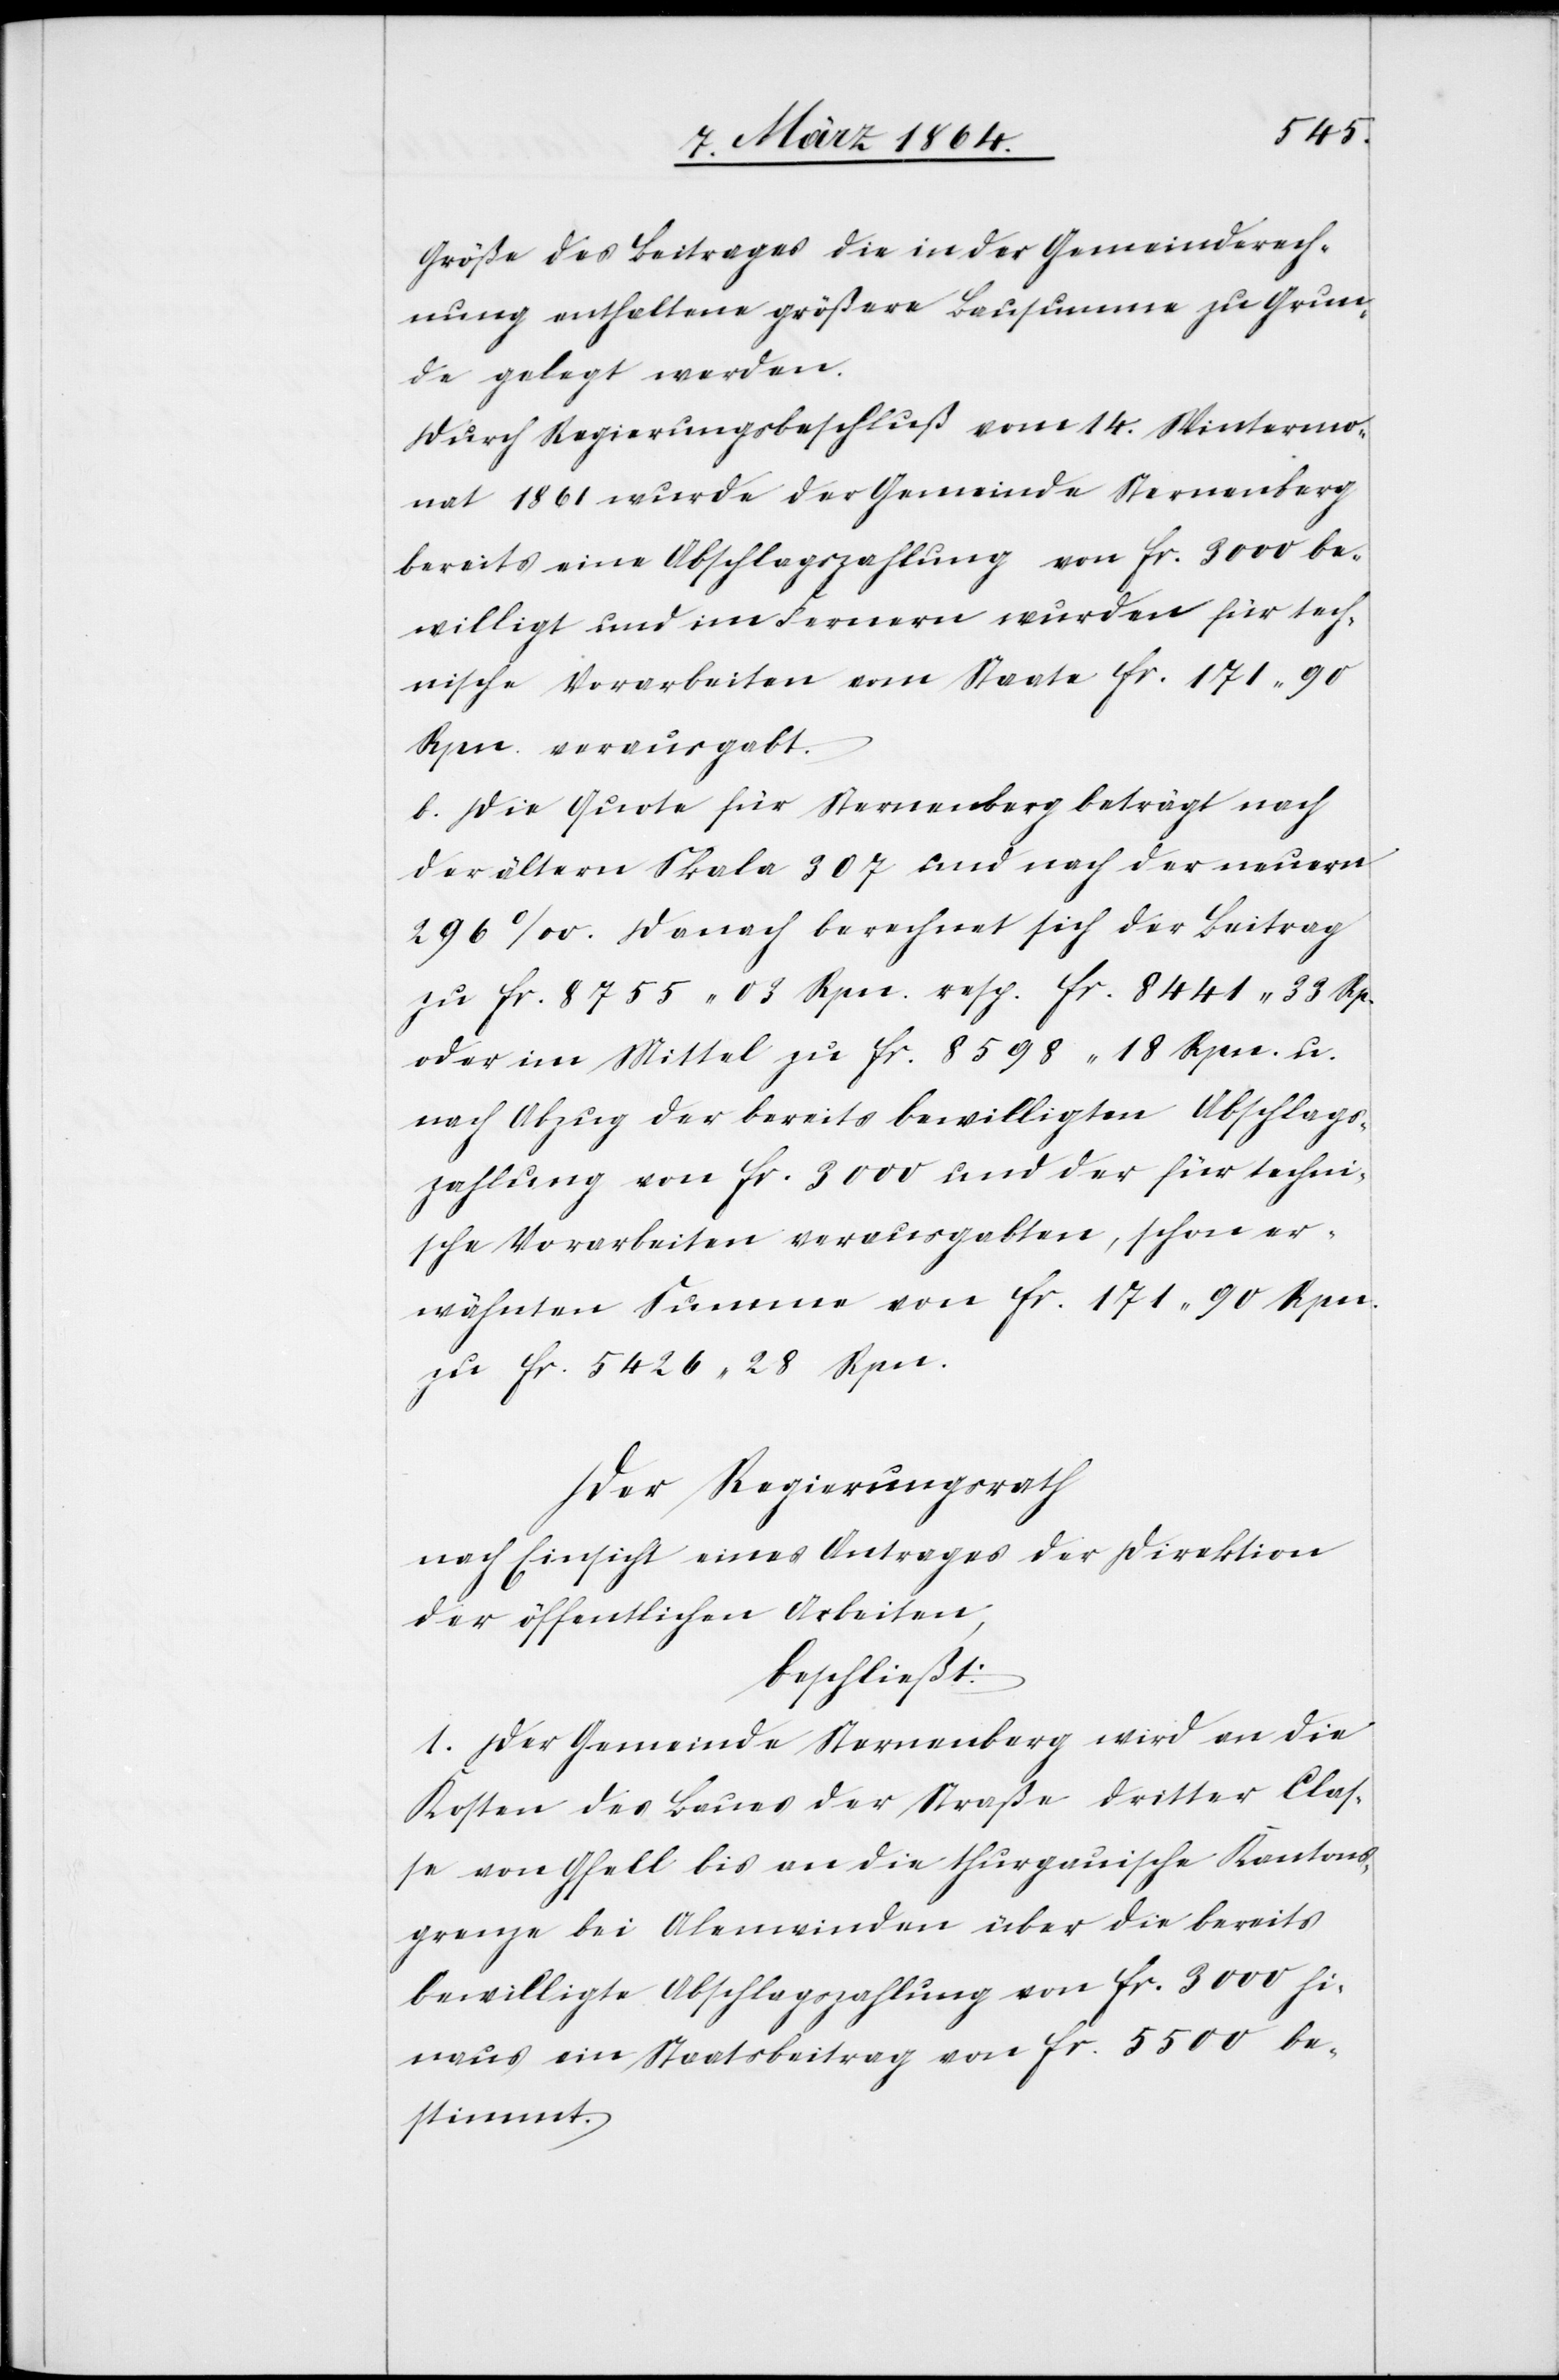
Größe des Beitrages die in der Gemeinderech¬
nung enthaltene größere Bausumme zu Grun¬
de gelegt werden.
Durch Regierungsbeschluß vom 14. Wintermo¬
nat 1861 wurde der Gemeinde Sternenberg
bereits eine Abschlagszahlung von fr. 3000 be¬
willigt und im Fernern wurden für tech¬
nische Vorarbeiten vom Staate fr. 171 90
Rpn. verausgabt.
[sic!] Die Quote für Sternenberg beträgt nach
der ältern Skala 307 und nach der neuern
296‰. Danach berechnet sich der Beitrag
zu fr. 8755 03 Rpn. resp. fr. 8441 33 Rp.
oder im Mittel zu fr. 8598 18 Rpn. u.
nach Abzug der bereits bewilligten Abschlags¬
zahlung von fr. 3000 und der für techni¬
sche Vorarbeiten verausgabten, schon er¬
wähnten Summe von fr. 171 90 Rpn.
zu fr. 5426 28 Rpn.
Der Regierungsrath
nach Einsicht eines Antrages der Direktion
der öffentlichen Arbeiten,
beschließt:
1. Der Gemeinde Sternenberg wird an die
Kosten des Baues der Straße dritter Clas¬
se von Gfell bis an die thurgauische Kantons¬
grenze bei Alenwinden über die bereits
bewilligte Abschlagszahlung von fr. 3000 hi¬
naus ein Staatsbeitrag von fr. 5500 be¬
stimmt.